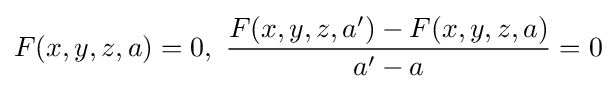
F(x,y,z,a)=0,\,\,{F(x,y,z,a^{\prime })-F(x,y,z,a) \over a^{\prime }-a}=0